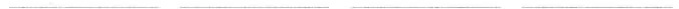
___